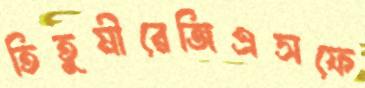
তিতুমীরেজিএসফে